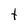
Character: t